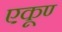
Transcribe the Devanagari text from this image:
एकूण्‍